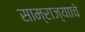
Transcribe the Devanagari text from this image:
साम्राज्यााचे